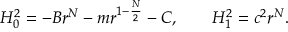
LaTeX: H _ { 0 } ^ { 2 } = - B r ^ { N } - m r ^ { 1 - \frac { N } { 2 } } - C , \qquad H _ { 1 } ^ { 2 } = c ^ { 2 } r ^ { N } .